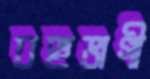
বহুভাগী